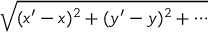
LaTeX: \sqrt { ( x ^ { \prime } - x ) ^ { 2 } + ( y ^ { \prime } - y ) ^ { 2 } + \cdots }